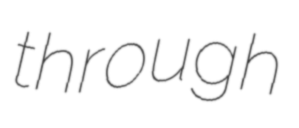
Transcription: through